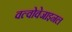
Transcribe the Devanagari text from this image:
वल्वोवेजाइनल